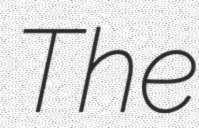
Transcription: The